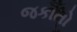
જકાતો